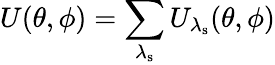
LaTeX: U(\theta,\phi)=\sum_{\lambda_{\mathrm{s}}}U_{\lambda_{\mathrm{s}}}(\theta,\phi)